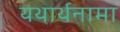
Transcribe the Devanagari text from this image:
यथार्थनामा